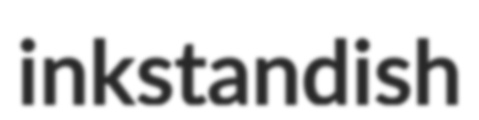
inkstandish